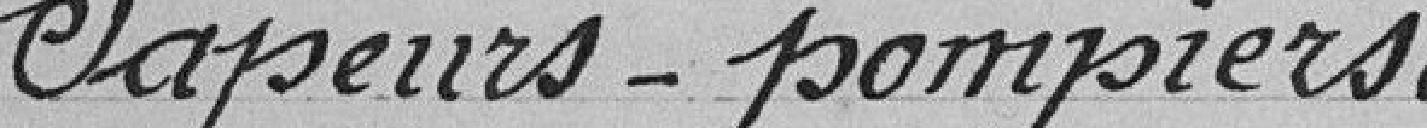
Sapeurs-pompiers